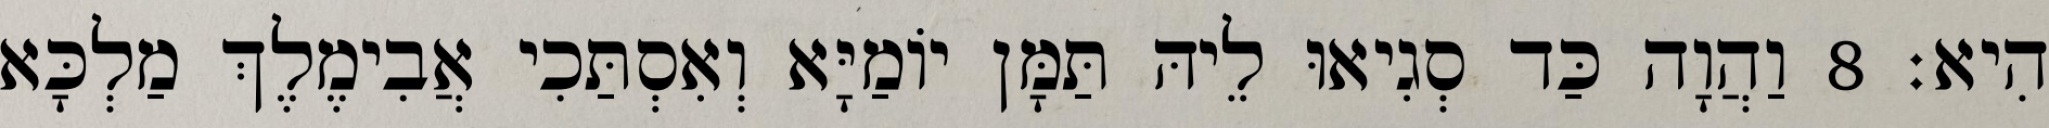
הִיא׃ 8 וַהֲוָה כַּד סְגִיאוּ לֵיהּ תַּמָּן יוֹמַיָּא וְאִסְתַּכִי אֲבִימֶלֶךְ מַלְכָּא